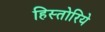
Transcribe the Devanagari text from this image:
हिस्तोरिये